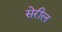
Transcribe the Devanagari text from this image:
सेरील